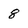
Character: 8